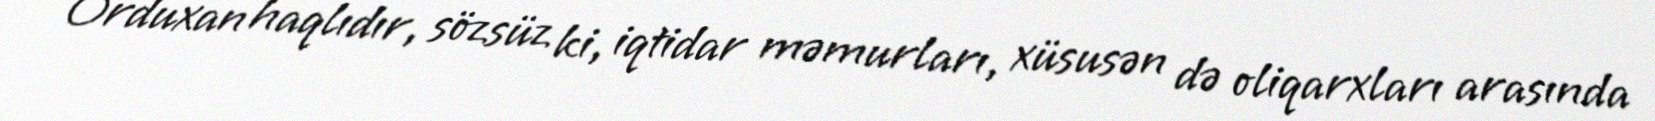
Orduxan haqlıdır, sözsüz ki, iqtidar məmurları, xüsusən də oliqarxları arasında